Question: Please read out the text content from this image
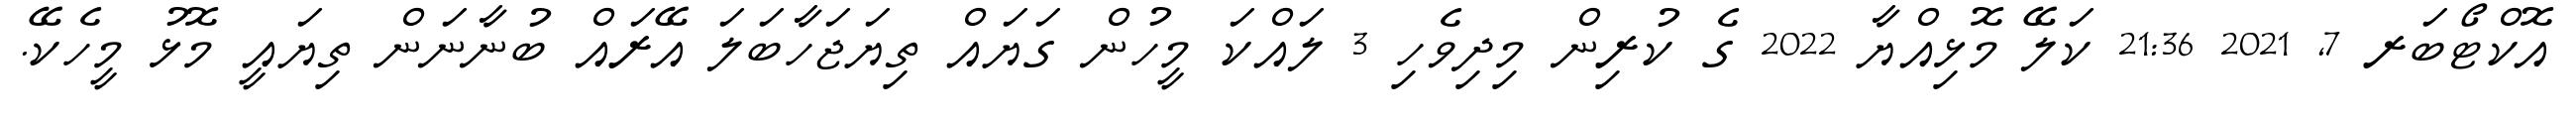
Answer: އޮކްޓޯބަރ 7, 2021 21:36 ކަލޭ މޮޅިއްޔާ 2022 ގެ ކުރިން މިދިވެހި 3 ލައްކަ މީހުން ގަޔައް ތިޔަޖަހާބަލަ އޭރައް ބުނާނަން ތިޔައީ މޮޅު މީހެކޭ.